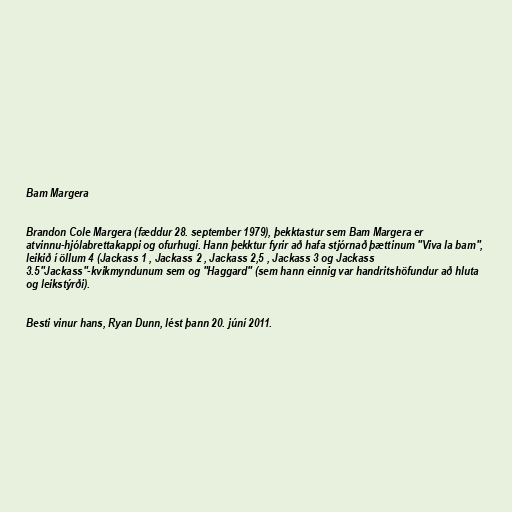
Bam Margera

Brandon Cole Margera (fæddur 28. september 1979), þekktastur sem Bam Margera er
atvinnu-hjólabrettakappi og ofurhugi. Hann þekktur fyrir að hafa stjórnað þættinum "Viva la bam",
leikið í öllum 4 (Jackass 1 , Jackass 2 , Jackass 2,5 , Jackass 3 og Jackass
3.5"Jackass"-kvikmyndunum sem og "Haggard" (sem hann einnig var handritshöfundur að hluta
og leikstýrði).

Besti vinur hans, Ryan Dunn, lést þann 20. júní 2011.